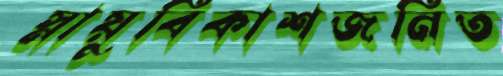
স্নায়ুবিকাশজনিত